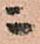
ニ